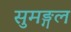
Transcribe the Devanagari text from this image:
सुमङ्गल